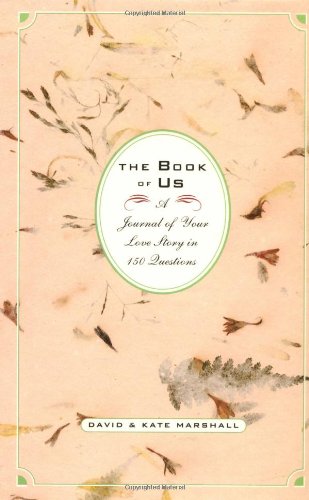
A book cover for Book of Us: A Journal of Your Love Story in 150 Questions; David Marshall; Romance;